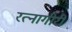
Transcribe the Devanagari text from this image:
रत्नागीरी